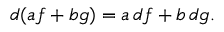
d ( a f + b g ) = a \, d f + b \, d g .